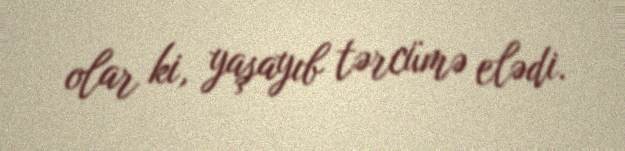
olar ki, yaşayıb tərcümə elədi.